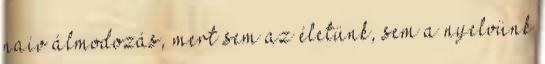
naiv álmodozás, mert sem az életünk, sem a nyelvünk